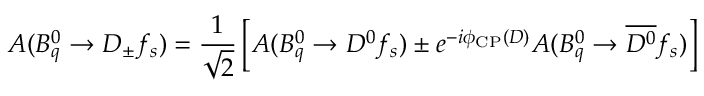
A ( B _ { q } ^ { 0 } \to D _ { \pm } f _ { s } ) = \frac { 1 } { \sqrt { 2 } } \left[ A ( B _ { q } ^ { 0 } \to D ^ { 0 } f _ { s } ) \pm e ^ { - i \phi _ { \mathrm { C P } } ( D ) } A ( B _ { q } ^ { 0 } \to \overline { { { D ^ { 0 } } } } f _ { s } ) \right]